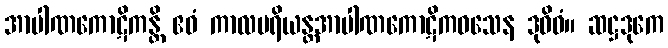
အာပါဏကောဋိကန္တိ ဧဝံ ကာလပရိယန္တအာပါဏကောဋိကဝသေန ဒုဝိဓံ။ ဆဋ္ဌဒုကေ